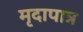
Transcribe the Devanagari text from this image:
मृदापात्र